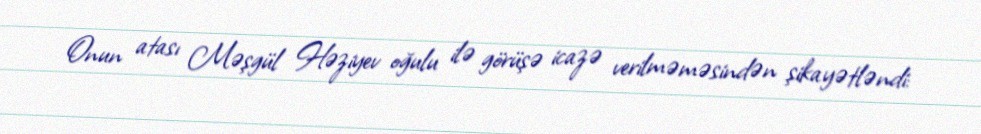
Onun atası Məşgül Həziyev oğulu ilə görüşə icazə verilməməsindən şikayətləndi: